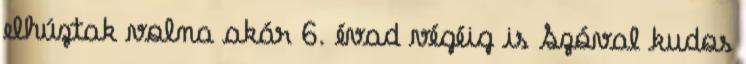
elhúztak volna akár 6. évad végéig is Szóval kudos